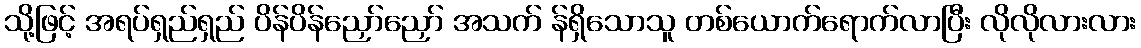
သို့ဖြင့် အရပ်ရှည်ရှည် ပိန်ပိန်ညှော်ညှော် အသက် န်ရှိသောသူ တစ်ယောက်ရောက်လာပြီး လိုလိုလားလား